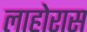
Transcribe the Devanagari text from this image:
लाहोरास